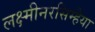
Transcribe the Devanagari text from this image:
लक्ष्मीनरसिम्हैया